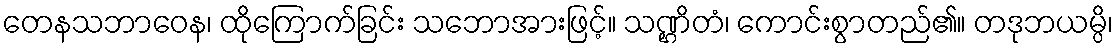
တေနသဘာဝေန၊ ထိုကြောက်ခြင်း သဘောအားဖြင့်။ သဏ္ဌိတံ၊ ကောင်းစွာတည်၏။ တဒုဘယမ္ပိ၊